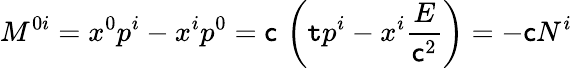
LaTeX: M^{0i}=x^{0}p^{i}-x^{i}p^{0}=\mathsf{c}\, \left(\mathtt{t}p^{i}-x^{i}{\frac{{E}}{{\mathsf{c}^{2}}}}\right)=-\mathsf{c}N^{i}